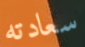
سعادته